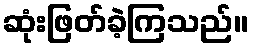
ဆုံးဖြတ်ခဲ့ကြသည်။